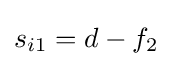
s_{i1}=d-f_{2}